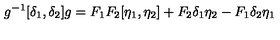
g ^ { - 1 } [ \delta _ { 1 } , \delta _ { 2 } ] g = F _ { 1 } F _ { 2 } [ \eta _ { 1 } , \eta _ { 2 } ] + F _ { 2 } \delta _ { 1 } \eta _ { 2 } - F _ { 1 } \delta _ { 2 } \eta _ { 1 }